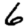
Digit: 6